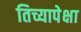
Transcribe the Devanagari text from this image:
तिच्यापेक्षा